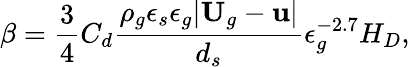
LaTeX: \beta=\frac{3}{4}C_{d}\frac{\rho_{g}\epsilon_{s}\epsilon_{g}|\textbf{U}_{g}-\textbf{u}|}{d_{s}}\epsilon_{g}^{-2.7}H_{D},